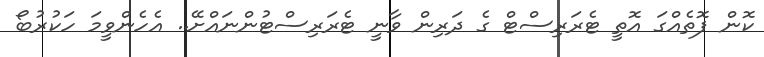
ކޮން ފޮތެއްގަ އޮތީ ޓެރަރިސްޓް ގެ ދަރިން ވާނީ ޓެރަރިސްޓުންނައްށޭ.. އެހެންވީމަ ހަކުރުބޯ